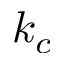
k _ { c }